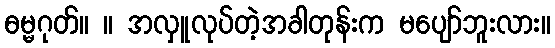
ဓမ္မဂုတ်။ ။ အလှူလုပ်တဲ့အခါတုန်းက မပျော်ဘူးလား။